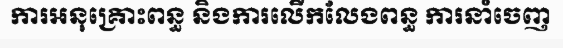
ការអនុគ្រោះពន្ធ និងការលើកលែងពន្ធ ការនាំចេញ